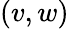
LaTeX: (v,w)